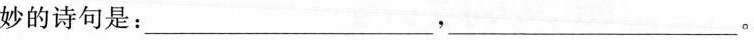
妙的诗句是：___，___。